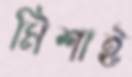
মিশাই